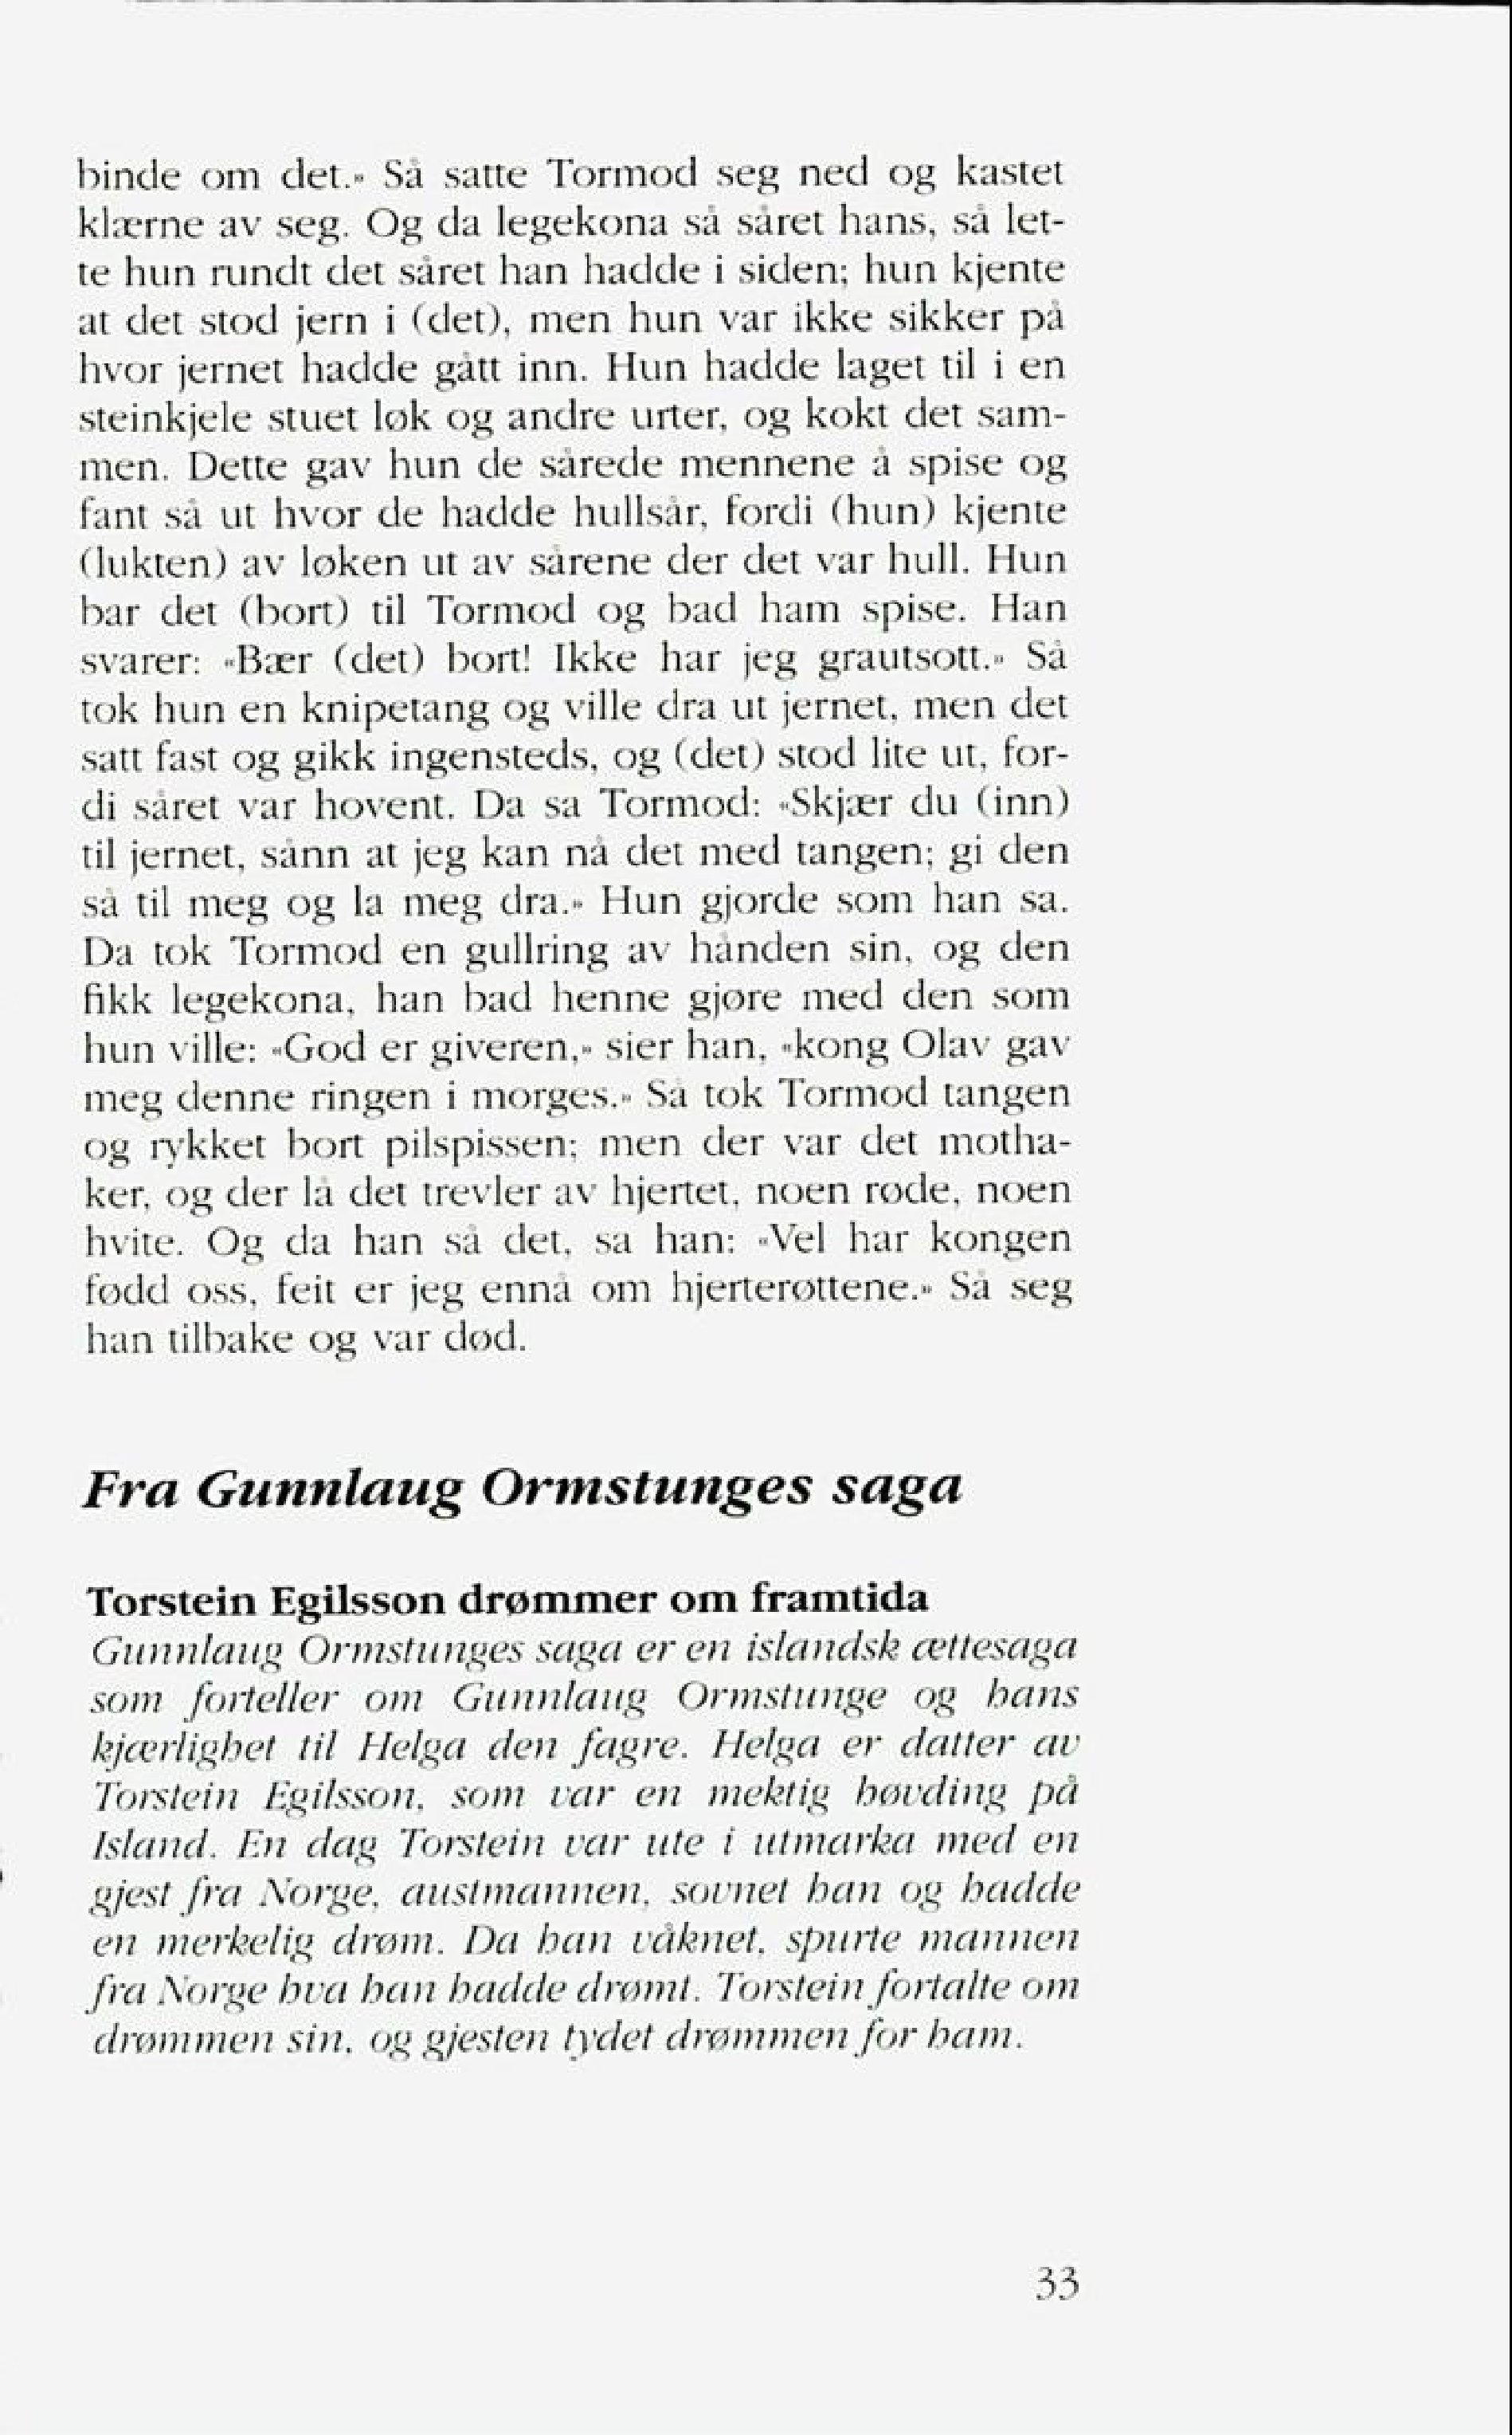
Language: no